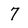
Character: 7